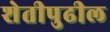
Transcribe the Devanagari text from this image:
शेतीपुढील